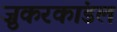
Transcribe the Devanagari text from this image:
ज़ुकरकांडल